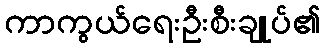
ကာကွယ်ရေးဦးစီးချုပ်၏